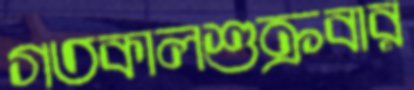
গতকালশুক্রবার